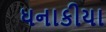
ધનાકીયા